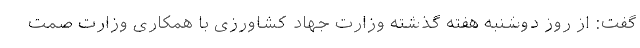
گفت: از روز دوشنبه هفته گذشته وزارت جهاد کشاورزی با همکاری وزارت صمت